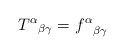
\begin{align*}{T^\alpha}_{\beta\gamma}={f^\alpha}_{\beta\gamma}\end{align*}